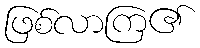
ဖြစ်လာကြ၏